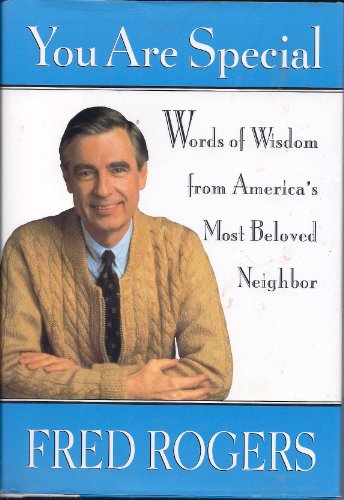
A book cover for You Are Special: Words of Wisdom from America's Most Beloved Neighbor; Fred Rogers; Christian Books & Bibles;